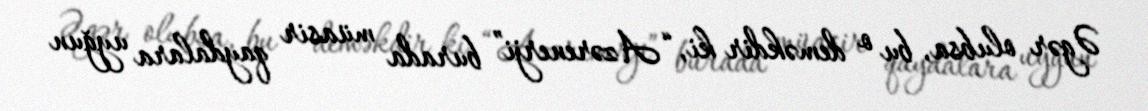
Əgər olubsa, bu o deməkdir ki, “Azərenerji” burada müasir qaydalara uyğun